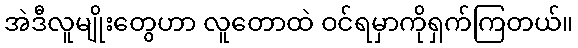
အဲဒီလူမျိုးတွေဟာ လူတောထဲ ဝင်ရမှာကိုရှက်ကြတယ်။